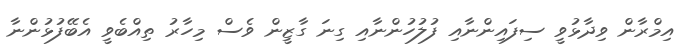
އިމްރާން ވިދާޅުވީ ސިފައިންނާއި ފުލުހުންނާއި ގިނަ ގާޒީން ވެސް މިހާރު ތިއްބެވީ އެބޭފުޅުންނާ